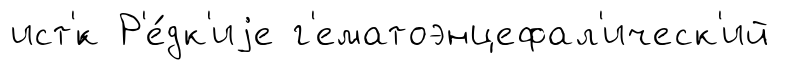
ист'́к Р'е́дк'иjе г'ематоэнцефал'ическ'ий